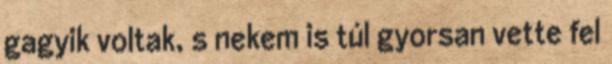
gagyik voltak, s nekem is túl gyorsan vette fel